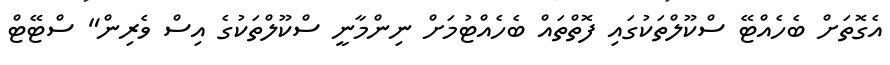
އެގޮތަށް ބެހެއްޓޭ ސްކޫލްތަކުގައި ފޮތްތައް ބެހެއްޓުމަށް ނިންމާނީ ސްކޫލްތަކުގެ އިސް ވެރިން" ސްޓޭޓް